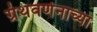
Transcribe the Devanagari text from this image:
ग्रंथवर्णनाच्या